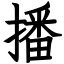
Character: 播